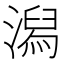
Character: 潟